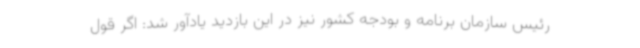
رئیس سازمان برنامه و بودجه کشور نیز در این بازدید یادآور شد: اگر قول